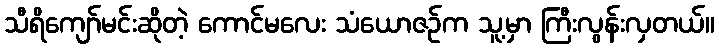
သီရိကျော်မင်းဆိုတဲ့ ကောင်မလေး သံယောဇဉ်က သူ့မှာ ကြီးလွန်းလှတယ်။